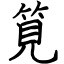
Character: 筧